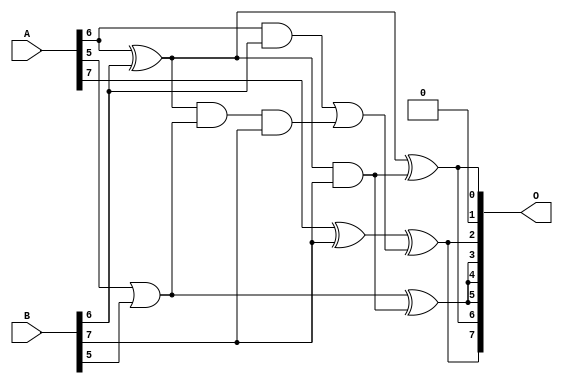
/***
* This code is a part of EvoApproxLib library (ehw.fit.vutbr.cz/approxlib) distributed under The MIT License.
* When used, please cite the following article(s): V. Mrazek, L. Sekanina, Z. Vasicek "Libraries of Approximate Circuits: Automated Design and Application in CNN Accelerators" IEEE Journal on Emerging and Selected Topics in Circuits and Systems, Vol 10, No 4, 2020 
* This file contains a circuit from a sub-set of pareto optimal circuits with respect to the pwr and mse parameters
***/
// MAE% = 16.48 %
// MAE = 21 
// WCE% = 54.69 %
// WCE = 70 
// WCRE% = 3300.00 %
// EP% = 98.32 %
// MRE% = 68.05 %
// MSE = 684 
// PDK45_PWR = 0.0099 mW
// PDK45_AREA = 35.7 um2
// PDK45_DELAY = 0.35 ns

module add8s_70F (
    A,
    B,
    O
);

input [7:0] A;
input [7:0] B;
output [7:0] O;

wire sig_27,sig_28,sig_29,sig_30,sig_38,sig_44,sig_47,sig_49,sig_62,sig_63,sig_64;

assign sig_27 = A[5] | B[5];
assign sig_28 = A[6] & B[6];
assign sig_29 = A[6] ^ B[6];
assign sig_30 = A[7] ^ B[7];
assign sig_38 = sig_29 & sig_27;
assign sig_44 = sig_29 & B[7];
assign sig_47 = sig_38 & B[7];
assign sig_49 = sig_28 | sig_47;
assign sig_62 = sig_27 ^ sig_44;
assign sig_63 = sig_29 ^ sig_44;
assign sig_64 = sig_30 ^ sig_49;

assign O[7] = sig_64;
assign O[6] = sig_63;
assign O[5] = sig_62;
assign O[4] = sig_62;
assign O[3] = sig_62;
assign O[2] = sig_64;
assign O[1] = 1'b0;
assign O[0] = sig_63;

endmodule